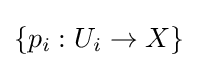
\{p_{i}:U_{i}\to X\}